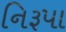
નિરૂપા